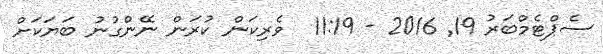
ސެޕްޓެމްބަރު 19